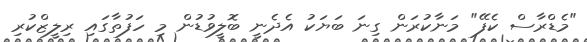
"މެޑްރާސް ކެފޭ" މަނާކުރަން ގިނަ ބަޔަކު އެދެނީ ބޮލީވުޑުން މި ހަފުތާގައި ރިލީޒްކުރި